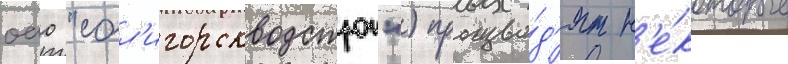
оао "сол'игорскводстрои") произво́д'ят н'е́которые